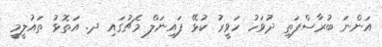
އަންނަ ބުރާސްފަތި ދުވަހު ހަވީރު ކުޅޭ ފައިނަލް މެޗުގައި ދ. އަތޮޅު ތައުލީމީ